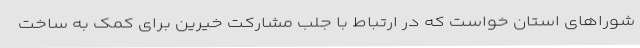
شوراهای استان خواست که در ارتباط با جلب مشارکت خیرین برای کمک به ساخت